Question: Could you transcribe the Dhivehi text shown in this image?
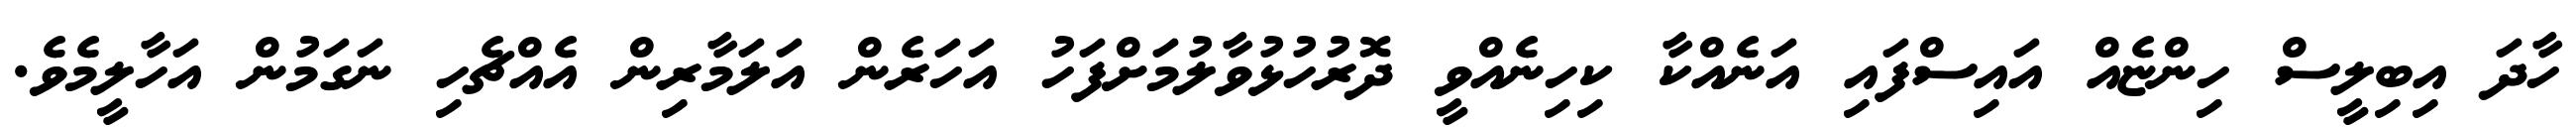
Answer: ހާދަ އިބިލީސް ހިންޏެއް އައިސްފައި އަނެއްކާ ކިހިނެއްވީ ދޮރުހުޅުވާލުމަށްފަހު އަހަރެން އަލަމާރިން އެއްޗެހި ނަގަމުން އަހާލީމެވެ.